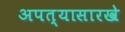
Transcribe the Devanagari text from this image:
अपत्यासारखे